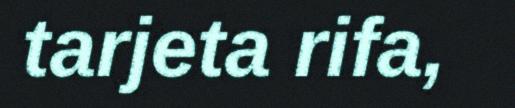
tarjeta rifa,